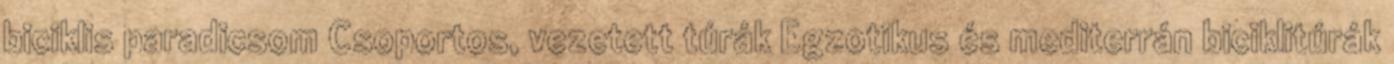
biciklis paradicsom Csoportos, vezetett túrák Egzotikus és mediterrán biciklitúrák